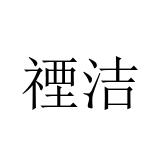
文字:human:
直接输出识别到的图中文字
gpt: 禋洁